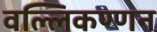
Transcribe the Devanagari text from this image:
वल्लिकण्णन